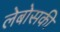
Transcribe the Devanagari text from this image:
लेबोसकी